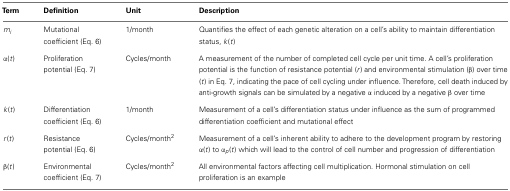
<table><thead><tr><td><b>Term</b></td><td><b>Definition</b></td><td><b>Unit</b></td><td><b>Description</b></td></tr></thead><tbody><tr><td><i>m<sub>i</sub></i></td><td>Mutational coefficient (Eq. 6)</td><td>1/month</td><td>Quantifies the effect of each genetic alteration on a cell’s ability to maintain differentiation status, <i>k</i>(<i>t</i>)</td></tr><tr><td>α(<i>t</i>)</td><td>Proliferation potential (Eq. 7)</td><td>Cycles/month</td><td>A measurement of the number of completed cell cycle per unit time. A cell’s proliferation potential is the function of resistance potential (<i>r</i>) and environmental stimulation (β) over time (<i>t</i>) in Eq. 7, indicating the pace of cell cycling under influence. Therefore, cell death induced by anti-growth signals can be simulated by a negative α induced by a negative β over time</td></tr><tr><td><i>k</i>(<i>t</i>)</td><td>Differentiation coefficient (Eq. 6)</td><td>1/month</td><td>Measurement of a cell’s differentiation status under influence as the sum of programmed differentiation coefficient and mutational effect</td></tr><tr><td><i>r</i>(<i>t</i>)</td><td>Resistance potential (Eq. 6)</td><td>Cycles/month<sup>2</sup></td><td>Measurement of a cell’s inherent ability to adhere to the development program by restoring α(<i>t</i>) to α<i><sub>p</sub></i>(<i>t</i>) which will lead to the control of cell number and progression of differentiation</td></tr><tr><td>β(<i>t</i>)</td><td>Environmental coefficient (Eq. 7)</td><td>Cycles/month<sup>2</sup></td><td>All environmental factors affecting cell multiplication. Hormonal stimulation on cell proliferation is an example</td></tr></tbody></table>